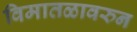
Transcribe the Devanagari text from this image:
विमातळावरुन